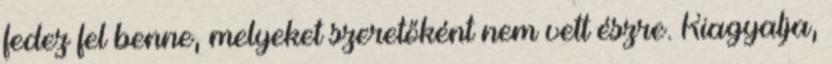
fedez fel benne, melyeket szeretőként nem vett észre. Kiagyalja,